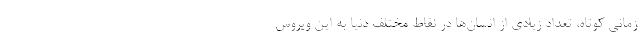
زمانی کوتاه، تعداد زیادی از انسان‌ها در نقاط مختلف دنیا به این ویروس